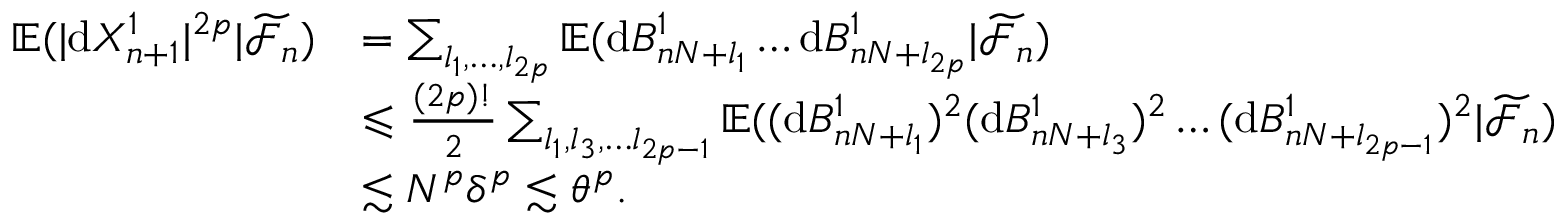
\begin{array} { r l } { \mathbb { E } ( | \mathrm { d } X _ { n + 1 } ^ { 1 } | ^ { 2 p } | \widetilde { \mathcal { F } } _ { n } ) } & { = \sum _ { l _ { 1 } , \ldots , l _ { 2 p } } \mathbb { E } ( \mathrm { d } B _ { n N + l _ { 1 } } ^ { 1 } \ldots \mathrm { d } B _ { n N + l _ { 2 p } } ^ { 1 } | \widetilde { \mathcal { F } } _ { n } ) } \\ & { \leqslant \frac { ( 2 p ) ! } { 2 } \sum _ { l _ { 1 } , l _ { 3 } , \ldots l _ { 2 p - 1 } } \mathbb { E } ( ( \mathrm { d } B _ { n N + l _ { 1 } } ^ { 1 } ) ^ { 2 } ( \mathrm { d } B _ { n N + l _ { 3 } } ^ { 1 } ) ^ { 2 } \ldots ( \mathrm { d } B _ { n N + l _ { 2 p - 1 } } ^ { 1 } ) ^ { 2 } | \widetilde { \mathcal { F } } _ { n } ) } \\ & { \lesssim N ^ { p } \delta ^ { p } \lesssim \theta ^ { p } . } \end{array}